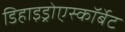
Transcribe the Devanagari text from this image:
डिहाइड्रोएस्कॉर्बेट